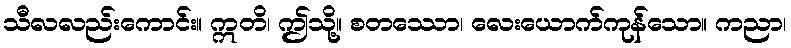
သီလလည်းကောင်း။ ဣတိ၊ ဤသို့။ စတဿော၊ လေးယောက်ကုန်သော။ ကညာ၊